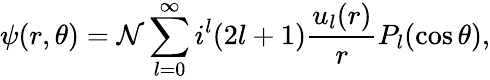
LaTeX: \psi(r,\theta)=\mathcal{N}\sum_{l=0}^{\infty}i^{l}(2l+1)\frac{u_{l}(r)}{r}P_{l}(\cos\theta),